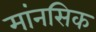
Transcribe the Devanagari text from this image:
मांनसिक